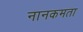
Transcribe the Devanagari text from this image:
नानकमता